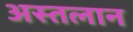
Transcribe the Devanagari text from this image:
अस्तलान